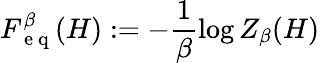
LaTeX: F_{\mathrm{~e~q~}}^{\beta}(H):=-\frac{1}{\beta}\log Z_{\beta}(H)